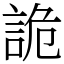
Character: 詭